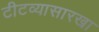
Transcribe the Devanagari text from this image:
टीटव्यासारखा